Paatsalu_vallavalitsus, lk 36
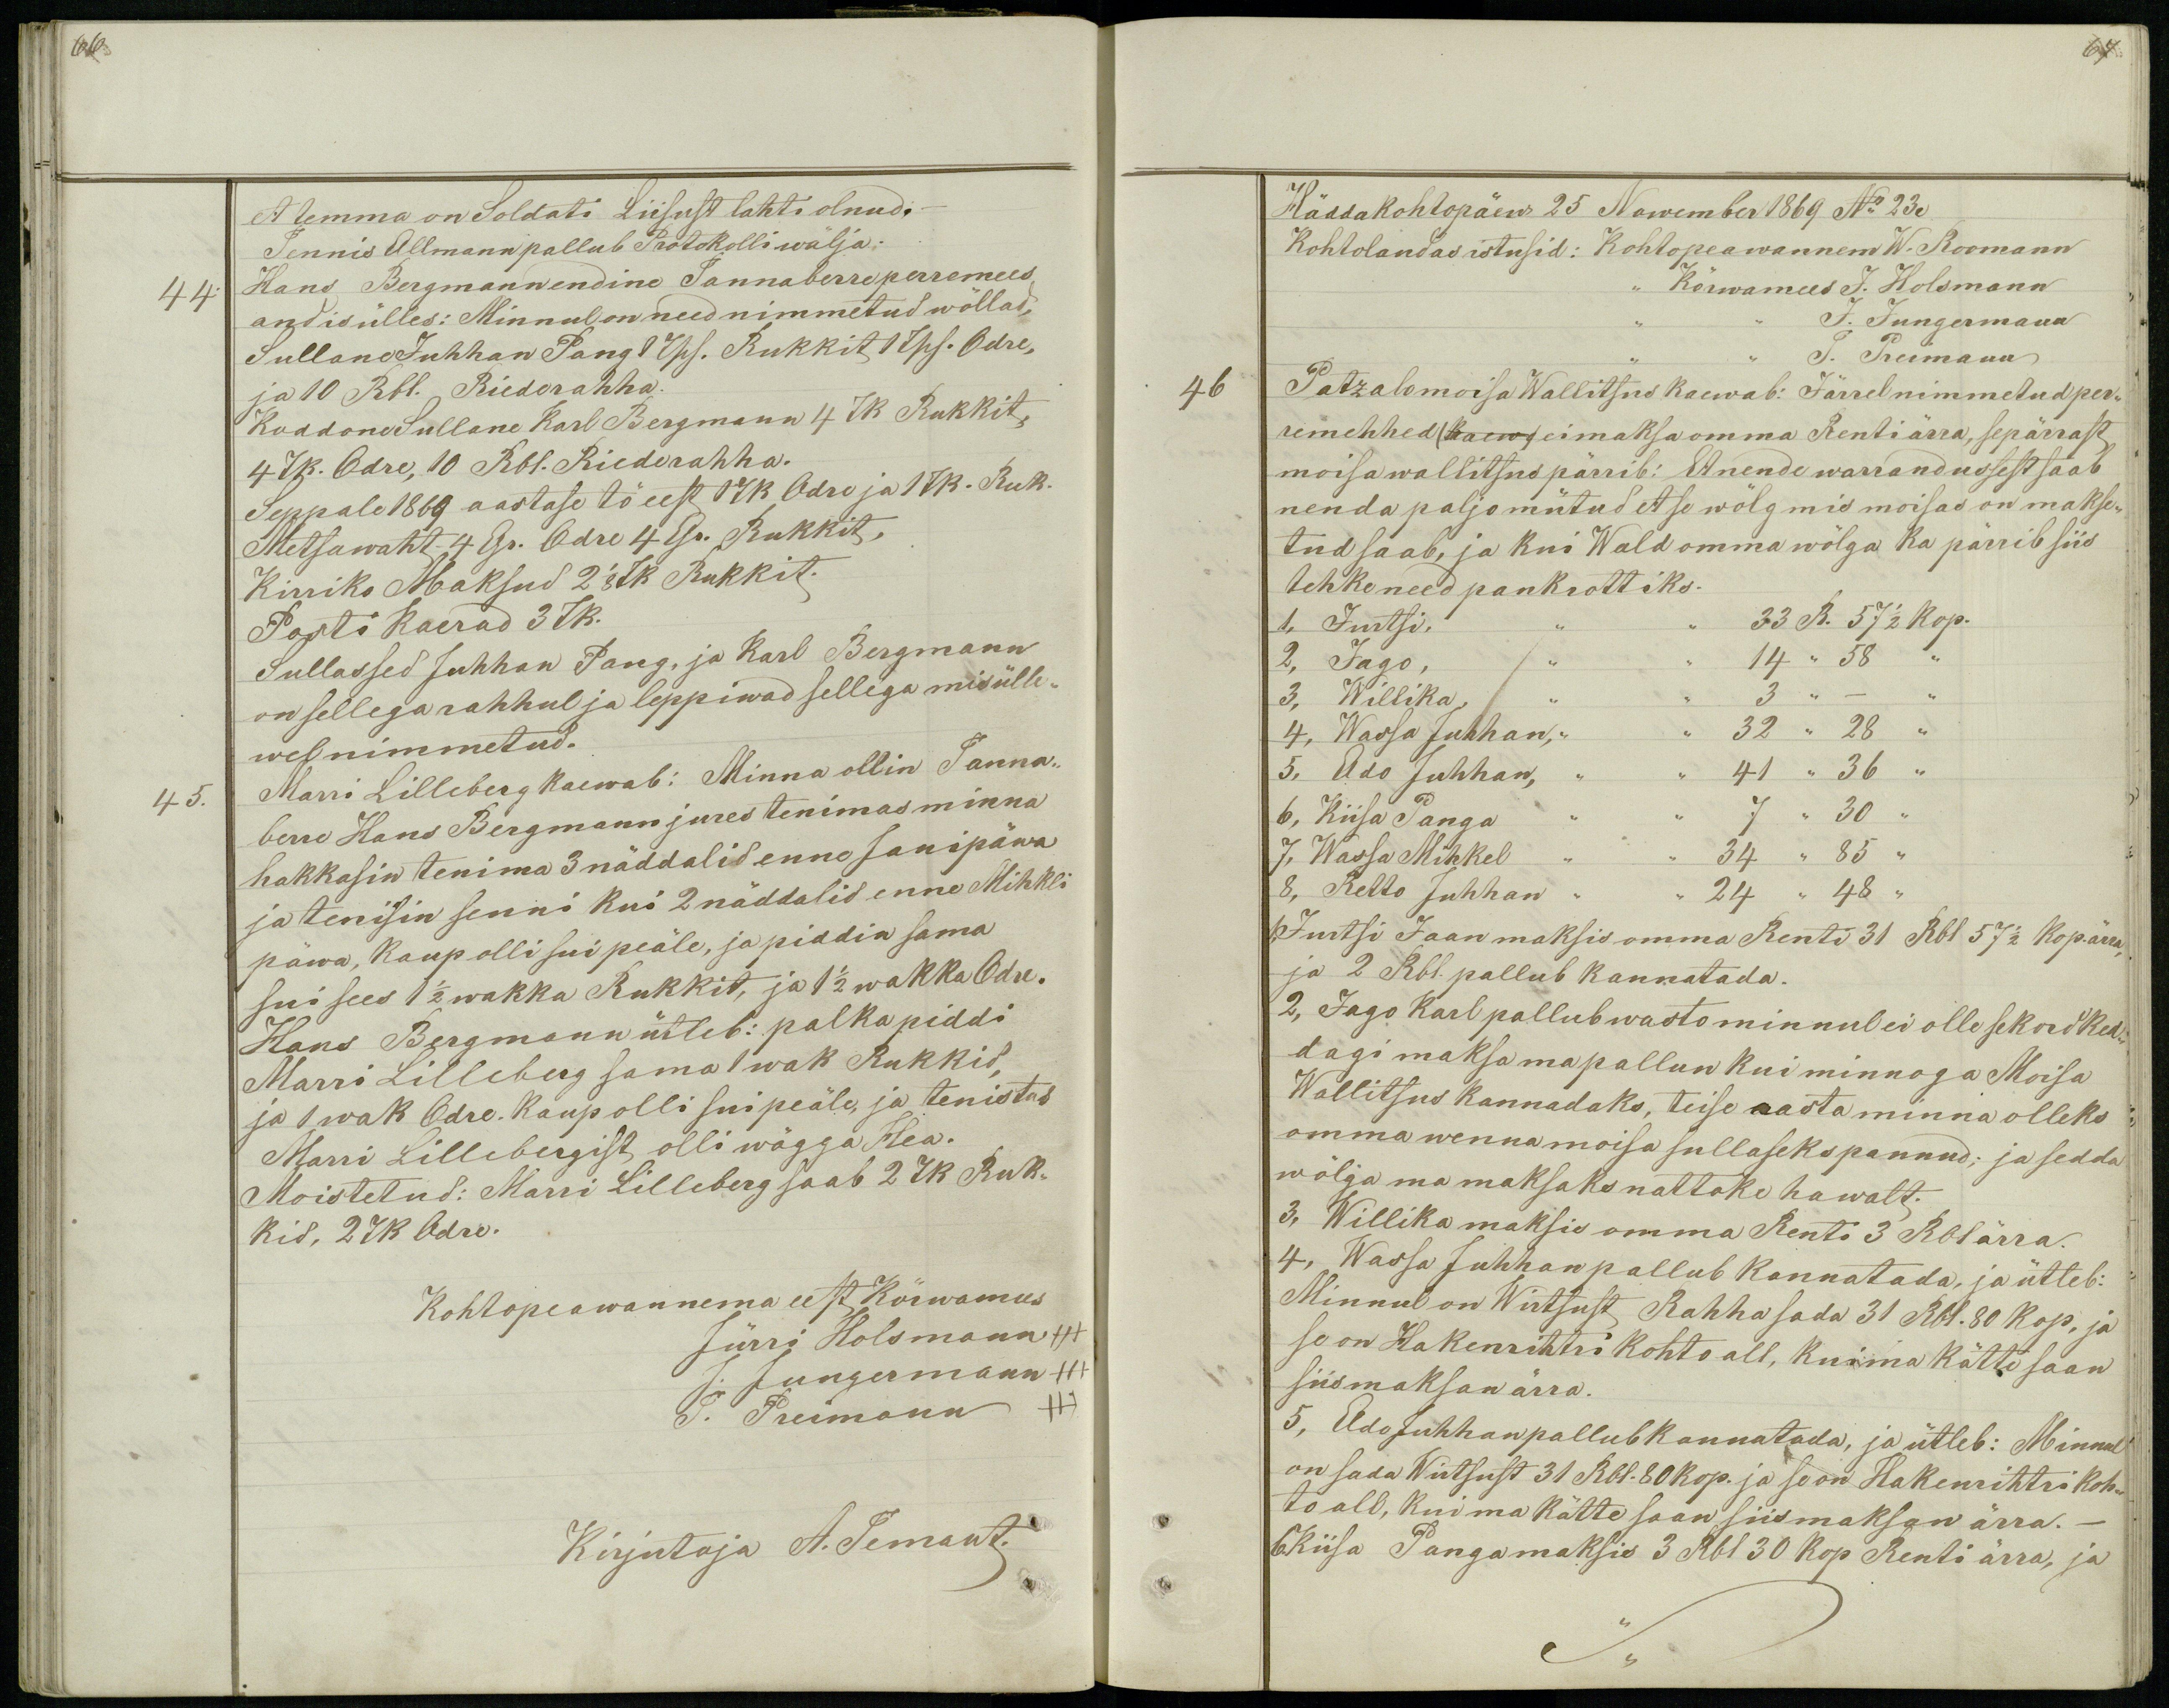
66

67.

et temma on Soldati Liisust lahti olnud.-
Tennis Allmann pallub Protokolli wälja.
44
Hans Bergmann endine Tannaberre perremees
andis ülles: Minnul on need nimmetud wõllad,
Sullane Juhhan Pang  1Tsh. Rukkit 1 Tsh. Odre,
ja 10 Rbl. Riede rahha.
Koddone Sullane Karl Bergmann 4 Tk Rukkit,
4 Tk. Odre, 10 Rbl. Riede rahha.
Seppale 1869 aastase tö eest 1 Tk Odre ja 1 Tk. Ruk.
Metsawaht 4 Gr. Odre 4 Gr. Rukkit,
Kirriko Maksud 2 1/8 Tk Rukkit.
Posti Kaerad 3 Tk.
Sullassed Juhhan Pang, ja Karl Bergmann
on sellega rahhul ja leppiwad sellega mis ülle-
wel nimmetud.
45.
Marri Lilleberg kaewab: Minna ollin Tanna-
berre Hans Bergmann jures tenimas minna
hakkasin tenima 3 näddalid enne Janipäwa
ja tenisin senni kui 2 näddalid enne Mihkli
päwa, kaup olli sui peäle, ja piddin sama
sui sees 1 1/2 wakka Rukkit, ja 1 1/2 wakka Odre.
Hans Bergmann ütleb: palka piddi
Marri Lilleberg sama 1 wak Rukkid,
ja 1 wak Odre. Kaup olli sui peäle, ja tenistus
Marri Lillebergist olli wägga Hea.
Moistetud: Marri Lilleberg saab 2 Tk Ruk-
kid,  Tk Odre.
Kohtopeawannema eest Kõrwamees
Jürri Holsmann +++
J. Jungermann +++
J. Preimann +++
Kirjutaja A. Temant.

Häddakohtopäew 25 Nowember 1869 No 23.
Kohtolaudas istusid: Kohtopeawannem W. Roomann
,, Kõrwamees J. Holsmann
J. Jungermann
J. Preimann
46
Patzalomoisa Wallitsus kaewab: Järrel nimmetud per-
remehhed (kaew) ei maksa omma Renti ärra, sepärrast
moisa wallitsus pärrib: Et nende warrandussest saab
nenda paljo mütud et se wõlg mis moisas on makse-
tud saab, ja kui Wald omma wõlga ka pärrib siis
tehke need pankrottiks.
1, Jurtsi, ,, ,, 33 R. 57 1/2 kop.
2, Jago, ,, ,, 14 ,, 58 ,,
3, Willika, ,, ,, 3 ,, - ,,
4, Wassa Juhhan, ,, ,, 32 ,, 28 ,,
5, Ado Juhhan, ,, ,, 41 ,, 36 ,,
6, Kiisa Panga ,, ,, 7 ,, 30 ,,
7, Wassa Mihkel ,, ,, 34 ,, 85 ,,
8, Retto Juhhan ,, ,, 24 ,, 48 ,,
1, Jurtsi Jaan maksis omma Renti 31 Rbl 57 1/2 kop.ärra,
ja 2 Rbl. pallub kannatada.
2, Jago Karl pallub wasto minnul ei olle sekord Ked-
dagi maksa ma pallun kui minnoga Moisa
Wallitsus kannadaks, teise aasta minna olleks
omma wenna moisa sullaseks pannud; ja sedda
wõlga ma maksaks nattoke hawalt.
3, Willika maksis omma Renti 3 Rbl ärra.
4, Wassa Juhhan pallub kannatada, ja ütleb:
Minnul on Wirtsust Rahha sada 31 Rbl. 80 kop. ja
se on Hakenrihtri kohto all, kui ma kätte saan
siis maksan ärra.
5, Ado Juhhan pallub kannatada, ja ütleb: Minnul
on sada Wirtsust 31 Rbl.80 kop. ja se on Hakenrihtri koh-
to all, kui ma kätte saan siis maksan ärra.-
6. Kiisa Panga maksis 3 Rbl 30 kop Renti ärra, ja